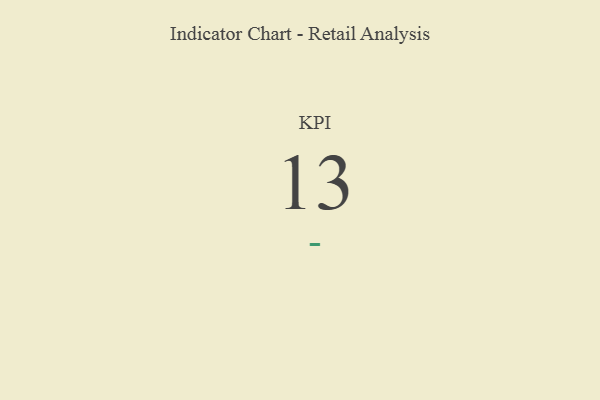
{"axis": {"x": "KPI", "y": "Value"}, "legend": [""], "data": [{"x": "KPI", "y": 13, "type": ""}]}